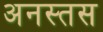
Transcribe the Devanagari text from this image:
अनस्तस